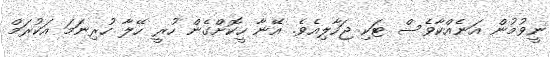
ނީވުމުން އަނެއްކާވެސް ޓަކި ޖަހާލިއެވެ. އޭނާ ހީކޮށްގެން ހުރީ ހޭލާ ހުރިނަމަ އަކުރަމް